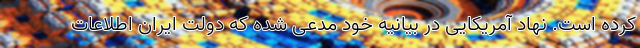
کرده است. نهاد آمریکایی در بیانیه خود مدعی شده که دولت ایران اطلاعات